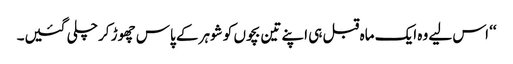
‘‘ اس لیے وہ ایک ماہ قبل ہی اپنے تین بچوں کو شوہر کے پاس چھوڑ کر چلی گئیں۔